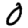
Digit: 0